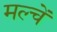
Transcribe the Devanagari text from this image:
मल्चें